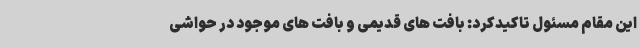
این مقام مسئول تاکیدکرد: بافت های قدیمی و بافت های موجود در حواشی